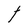
Character: t